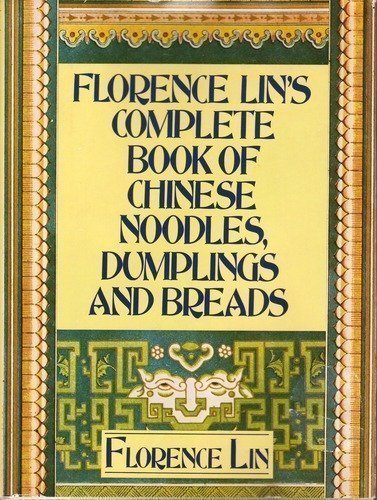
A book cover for Florence Lin's Complete Book of Chinese Noodles, Dumplings and Breads; Florence Lin; Cookbooks, Food & Wine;